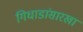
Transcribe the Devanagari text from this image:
गिधाडांसारखा